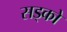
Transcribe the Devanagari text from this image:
सड्को